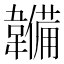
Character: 𮧳